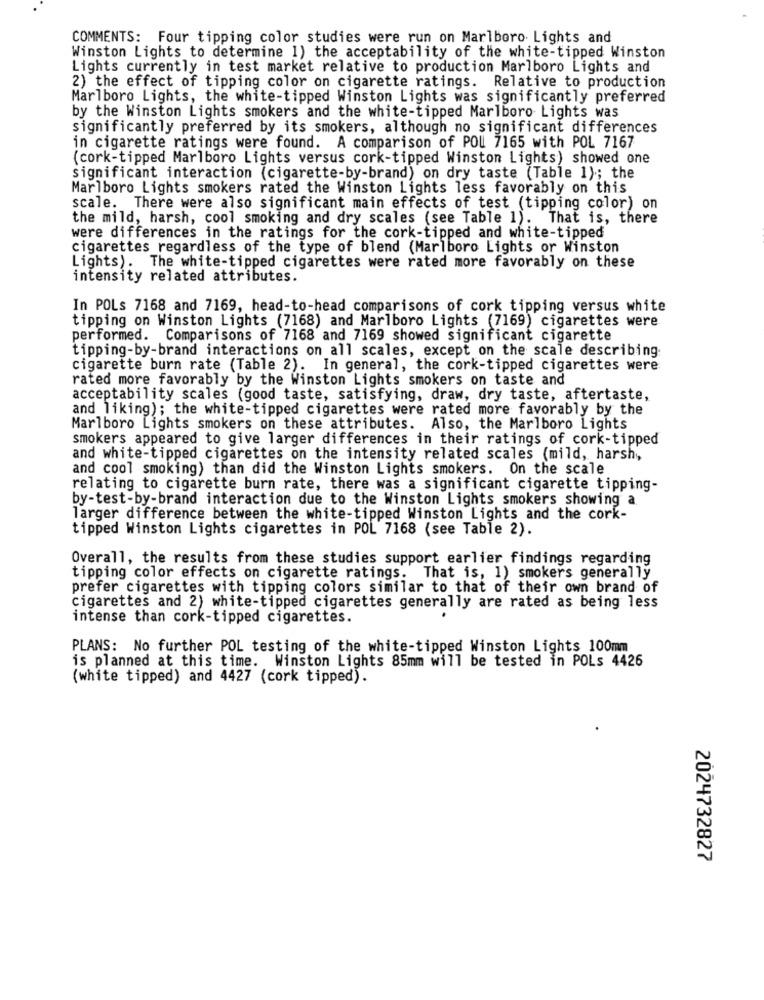
COMMENTS: Four tipping color studies were run on Marlboro Lights and
Winston Lights to determine 1) the acceptability of the white-tipped Winston
Lights currently in test market relative to production Marlboro Lights and
2) the effect of tipping color on cigarette ratings. Relative to production
Marlboro Lights, the white-tipped Winston Lights was significantly preferred
by the Winston Lights smokers and the white-tipped Marlboro Lights was
significantly preferred by its smokers, although no significant differences
in cigarette ratings were found. A comparison of POU 7165 with POL 7167
(cork-tipped Marlboro Lights versus cork-tipped Winston Lights) showed one
significant interaction (cigarette-by-brand) on dry taste (Table 1); the
Marlboro Lights smokers rated the Winston Lights less favorably on this
scale. There were also significant main effects of test (tipping color) on
the mild, harsh, cool smoking and dry scales (see Table 1). That is, there
were differences in the ratings for the cork-tipped and white-tipped
cigarettes regardless of the type of blend (Marlboro Lights or Winston
Lights). The white-tipped cigarettes were rated more favorably on these
intensity related attributes.
In POLs 7168 and 7169, head-to-head comparisons of cork tipping versus white
tipping on Winston Lights (7168) and Marlboro Lights (7169) cigarettes were
performed. Comparisons of 7168 and 7169 showed significant cigarette
tipping-by-brand interactions on all scales, except on the scale describing
cigarette burn rate (Table 2). In general, the cork-tipped cigarettes were
rated more favorably by the Winston Lights smokers on taste and
acceptability scales (good taste, satisfying, draw, dry taste, aftertaste,
and liking); the white-tipped cigarettes were rated more favorably by the
Marlboro Lights smokers on these attributes. Also, the Marlboro Lights
smokers appeared to give larger differences in their ratings of cork-tipped
and white-tipped cigarettes on the intensity related scales (mild, harsh,
and cool smoking) than did the Winston Lights smokers. On the scale
relating to cigarette burn rate, there was a significant cigarette tipping-
by-test-by-brand interaction due to the Winston Lights smokers showing a.
larger difference between the white-tipped Winston Lights and the cork-
tipped Winston Lights cigarettes in POL 7168 (see Table 2).
Overall, the results from these studies support earlier findings regarding
tipping color effects on cigarette ratings. That is, 1) smokers generally
prefer cigarettes with tipping colors similar to that of their own brand of
cigarettes and 2) white-tipped cigarettes generally are rated as being less
intense than cork-tipped cigarettes.
PLANS: No further POL testing of the white-tipped Winston Lights 100mm
Winston Lights 85mm will be tested in POLs 4426
is planned at this time.
(white tipped) and 4427 (cork tipped).
2024732827